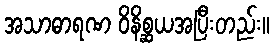
အသာဓာရဏ ဝိနိစ္ဆယအပြီးတည်း။